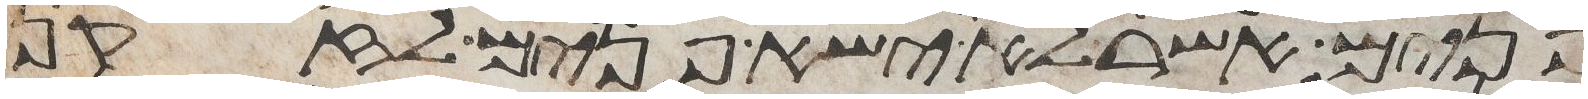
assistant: פנים אשר לא ישא פנים לזקן